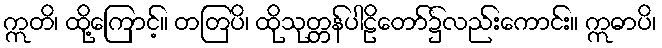
ဣတိ၊ ထို့ကြောင့်။ တတြပိ၊ ထိုသုတ္တန်ပါဠိတော်၌လည်းကောင်း။ ဣဓာပိ၊